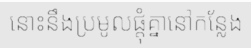
នោះនឹងប្រមូលផ្តុំគ្នានៅកន្លែង